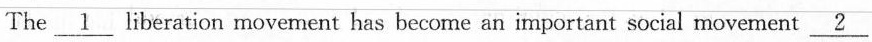
The \underline{1} liberation movement has become an important social movement\underline{2}